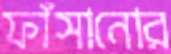
ফাঁসানোর